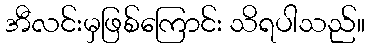
အီလင်းမှဖြစ်ကြောင်း သိရပါသည်။